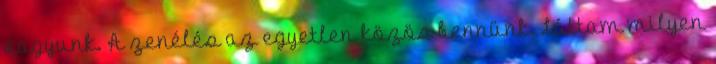
vagyunk. A zenélés az egyetlen közös bennünk. Láttam milyen